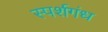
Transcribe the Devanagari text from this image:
स्पर्शगंध